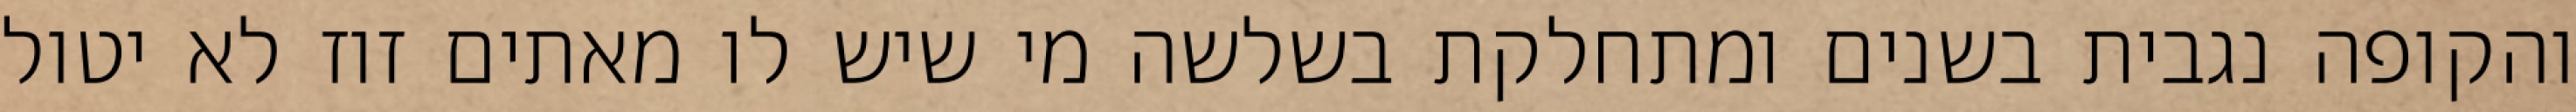
והקופה נגבית בשנים ומתחלקת בשלשה מי שיש לו מאתים זוז לא יטול